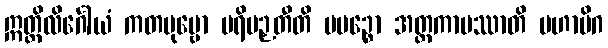
ဣတ္ထိလိင်္ဂေါယံ ကတပုဗ္ဗော ပရိပဉှတီတိ ပပဉ္စော အတ္ထကာမဿာတိ မဟာမိဂ